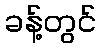
ခန့်တွင်